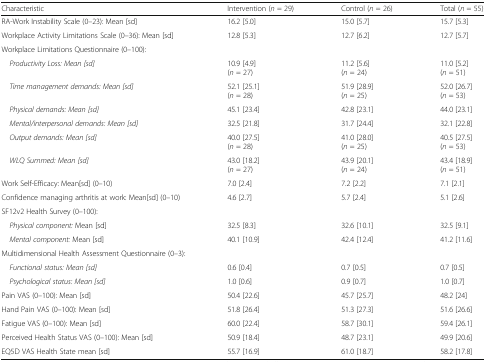
<table><thead><tr><td><b>Characteristic</b></td><td><b>Intervention (<i>n</i> = 29)</b></td><td><b>Control (<i>n</i> = 26)</b></td><td><b>Total (<i>n</i> = 55)</b></td></tr></thead><tbody><tr><td>RA-Work Instability Scale (0–23): Mean [sd]</td><td>16.2 [5.0]</td><td>15.0 [5.7]</td><td>15.7 [5.3]</td></tr><tr><td>Workplace Activity Limitations Scale (0–36): Mean [sd]</td><td>12.8 [5.3]</td><td>12.7 [6.2]</td><td>12.7 [5.7]</td></tr><tr><td colspan="4">Workplace Limitations Questionnaire (0–100):</td></tr><tr><td> <i>Productivity Loss: Mean [sd]</i></td><td>10.9 [4.9](<i>n</i> = 27)</td><td>11.2 [5.6](<i>n</i> = 24)</td><td>11.0 [5.2](<i>n</i> = 51)</td></tr><tr><td> <i>Time management demands: Mean [sd]</i></td><td>52.1 [25.1](<i>n</i> = 28)</td><td>51.9 [28.9](<i>n</i> = 25)</td><td>52.0 [26.7](<i>n</i> = 53)</td></tr><tr><td> <i>Physical demands: Mean [sd]</i></td><td>45.1 [23.4]</td><td>42.8 [23.1]</td><td>44.0 [23.1]</td></tr><tr><td> <i>Mental/interpersonal demands: Mean [sd]</i></td><td>32.5 [21.8]</td><td>31.7 [24.4]</td><td>32.1 [22.8]</td></tr><tr><td> <i>Output demands: Mean [sd]</i></td><td>40.0 [27.5](<i>n</i> = 28)</td><td>41.0 [28.0](<i>n</i> = 25)</td><td>40.5 [27.5](<i>n</i> = 53)</td></tr><tr><td> <i>WLQ Summed: Mean [sd]</i></td><td>43.0 [18.2](<i>n</i> = 27)</td><td>43.9 [20.1](<i>n</i> = 24)</td><td>43.4 [18.9](<i>n</i> = 51)</td></tr><tr><td>Work Self-Efficacy: Mean[sd] (0–10)</td><td>7.0 [2.4]</td><td>7.2 [2.2]</td><td>7.1 [2.1]</td></tr><tr><td>Confidence managing arthritis at work: Mean[sd] (0–10)</td><td>4.6 [2.7]</td><td>5.7 [2.4]</td><td>5.1 [2.6]</td></tr><tr><td colspan="4">SF12v2 Health Survey (0–100):</td></tr><tr><td> <i>Physical component:</i> Mean [sd]</td><td>32.5 [8.3]</td><td>32.6 [10.1]</td><td>32.5 [9.1]</td></tr><tr><td> <i>Mental component:</i> Mean [sd]</td><td>40.1 [10.9]</td><td>42.4 [12.4]</td><td>41.2 [11.6]</td></tr><tr><td colspan="4">Multidimensional Health Assessment Questionnaire (0–3):</td></tr><tr><td> <i>Functional status: Mean [sd]</i></td><td>0.6 [0.4]</td><td>0.7 [0.5]</td><td>0.7 [0.5]</td></tr><tr><td> <i>Psychological status: Mean [sd]</i></td><td>1.0 [0.6]</td><td>0.9 [0.7]</td><td>1.0 [0.7]</td></tr><tr><td>Pain VAS (0–100): Mean [sd]</td><td>50.4 [22.6]</td><td>45.7 [25.7]</td><td>48.2 [24]</td></tr><tr><td>Hand Pain VAS (0–100): Mean [sd]</td><td>51.8 [26.4]</td><td>51.3 [27.3]</td><td>51.6 [26.6]</td></tr><tr><td>Fatigue VAS (0–100): Mean [sd]</td><td>60.0 [22.4]</td><td>58.7 [30.1]</td><td>59.4 [26.1]</td></tr><tr><td>Perceived Health Status VAS (0–100): Mean [sd]</td><td>50.9 [18.4]</td><td>48.7 [23.1]</td><td>49.9 [20.6]</td></tr><tr><td>EQ5D VAS Health State mean [sd]</td><td>55.7 [16.9]</td><td>61.0 [18.7]</td><td>58.2 [17.8]</td></tr></tbody></table>